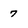
Character: 7